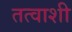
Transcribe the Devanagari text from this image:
तत्वाशी